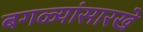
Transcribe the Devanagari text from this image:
बगळ्यांसारखे